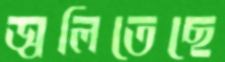
জ্বলিতেছে